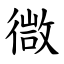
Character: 㣲